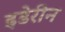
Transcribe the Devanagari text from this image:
इडेरीन